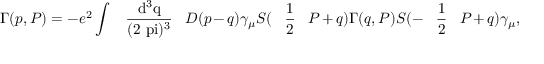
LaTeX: \Gamma ( p , P ) = - e ^ { 2 } \int \mathrm { ~ \, ~ \frac { d ^ { 3 } q } { ( 2 \ p i ) ^ { 3 } } ~ \, ~ } D ( p - q ) \gamma _ { \mu } S ( \mathrm { ~ \, ~ \frac { 1 } { 2 } ~ \, ~ } P + q ) \Gamma ( q , P ) S ( - \mathrm { ~ \, ~ \frac { 1 } { 2 } ~ \, ~ } P + q ) \gamma _ { \mu } ,